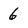
Character: 6